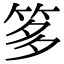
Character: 𥭋